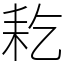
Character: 䎢